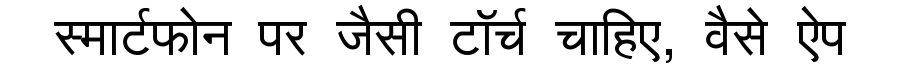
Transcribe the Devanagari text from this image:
स्मार्टफोन पर जैसी टॉर्च चाहिए, वैसे ऐप